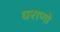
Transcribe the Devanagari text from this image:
घराणो